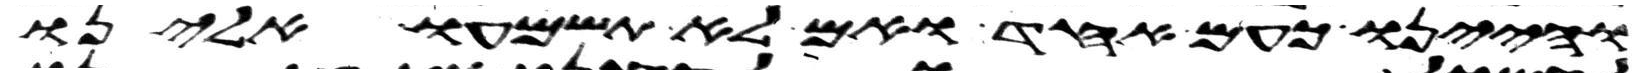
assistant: והיינו כעם אחד ואם לא תשמעו אלינו